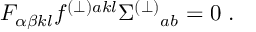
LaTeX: F _ { \alpha \beta k l } f ^ { ( \perp ) a k l } \Sigma ^ { ( \perp ) } { } _ { a b } = 0 \ .